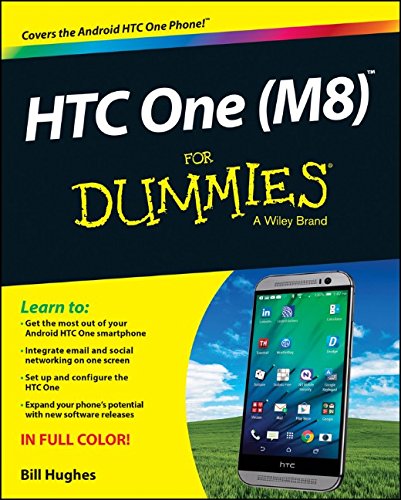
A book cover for HTC One (M8) For Dummies; Bill Hughes; Computers & Technology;